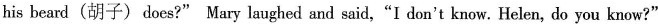
his beard(胡子) does?" Mary laughed and said,"I don't know. Helen, do you know?"